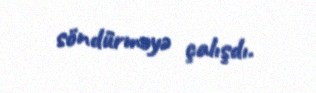
söndürməyə çalışdı.